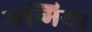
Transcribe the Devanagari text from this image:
जन्मिया